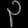
Digit: ၃